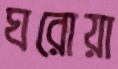
ঘরোয়া